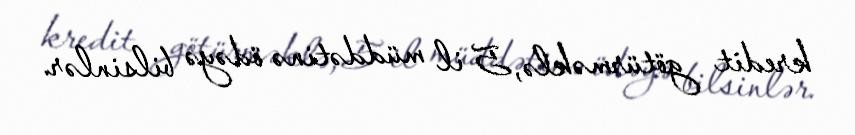
kredit götürməklə, 5 il müddətinə ödəyə bilsinlər.